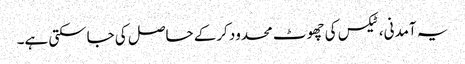
یہ آمدنی، ٹیکس کی چھوٹ محدود کرکے حاصل کی جاسکتی ہے۔